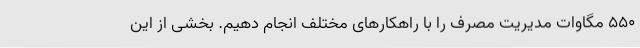
۵۵۰ مگاوات مدیریت مصرف را با راهکارهای مختلف انجام دهیم. بخشی از این